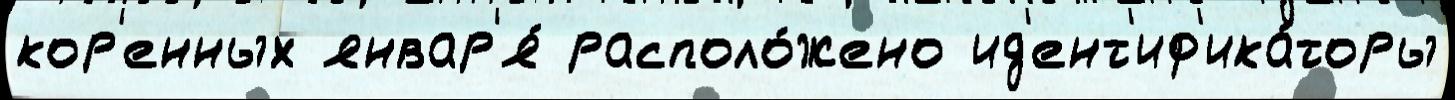
кор'енных январ'я́ располо́жено ид'ент'иф'ика́торы